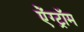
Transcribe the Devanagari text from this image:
ऐंग्ट्रॉम